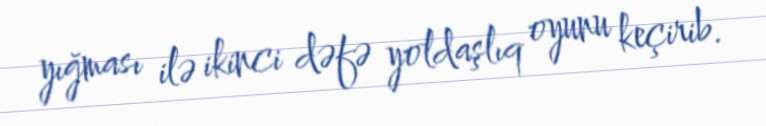
yığması ilə ikinci dəfə yoldaşlıq oyunu keçirib.